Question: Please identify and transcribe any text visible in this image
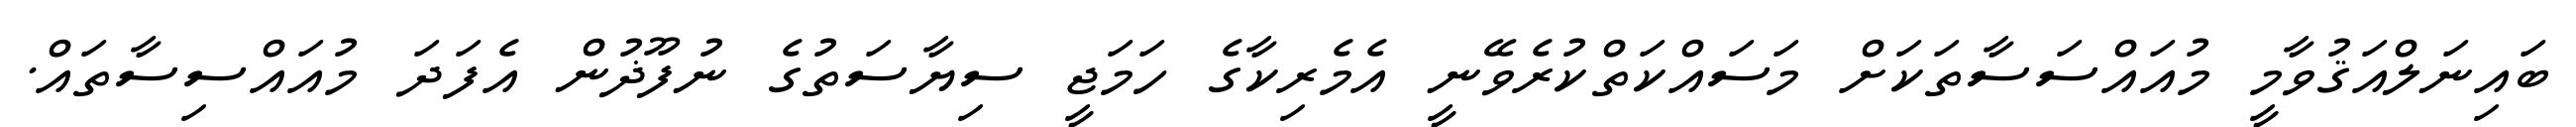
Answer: ބައިނަލްއަޤުވާމީ މުއައްސަސާތަކަށް މަސައްކަތްކުރެވޭނީ އެމެރިކާގެ ހަމަޖީ ސިޔާސަތުގެ ނުފޫޛުން އެފަދަ މުއައްސިސާތައް.